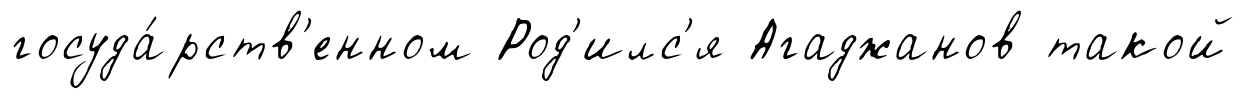
госуда́рств'енном Род'илс'я Агаджанов такой